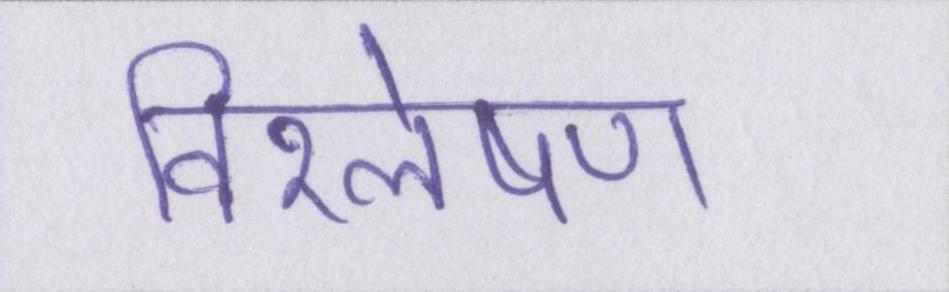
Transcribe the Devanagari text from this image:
विश्लेषण